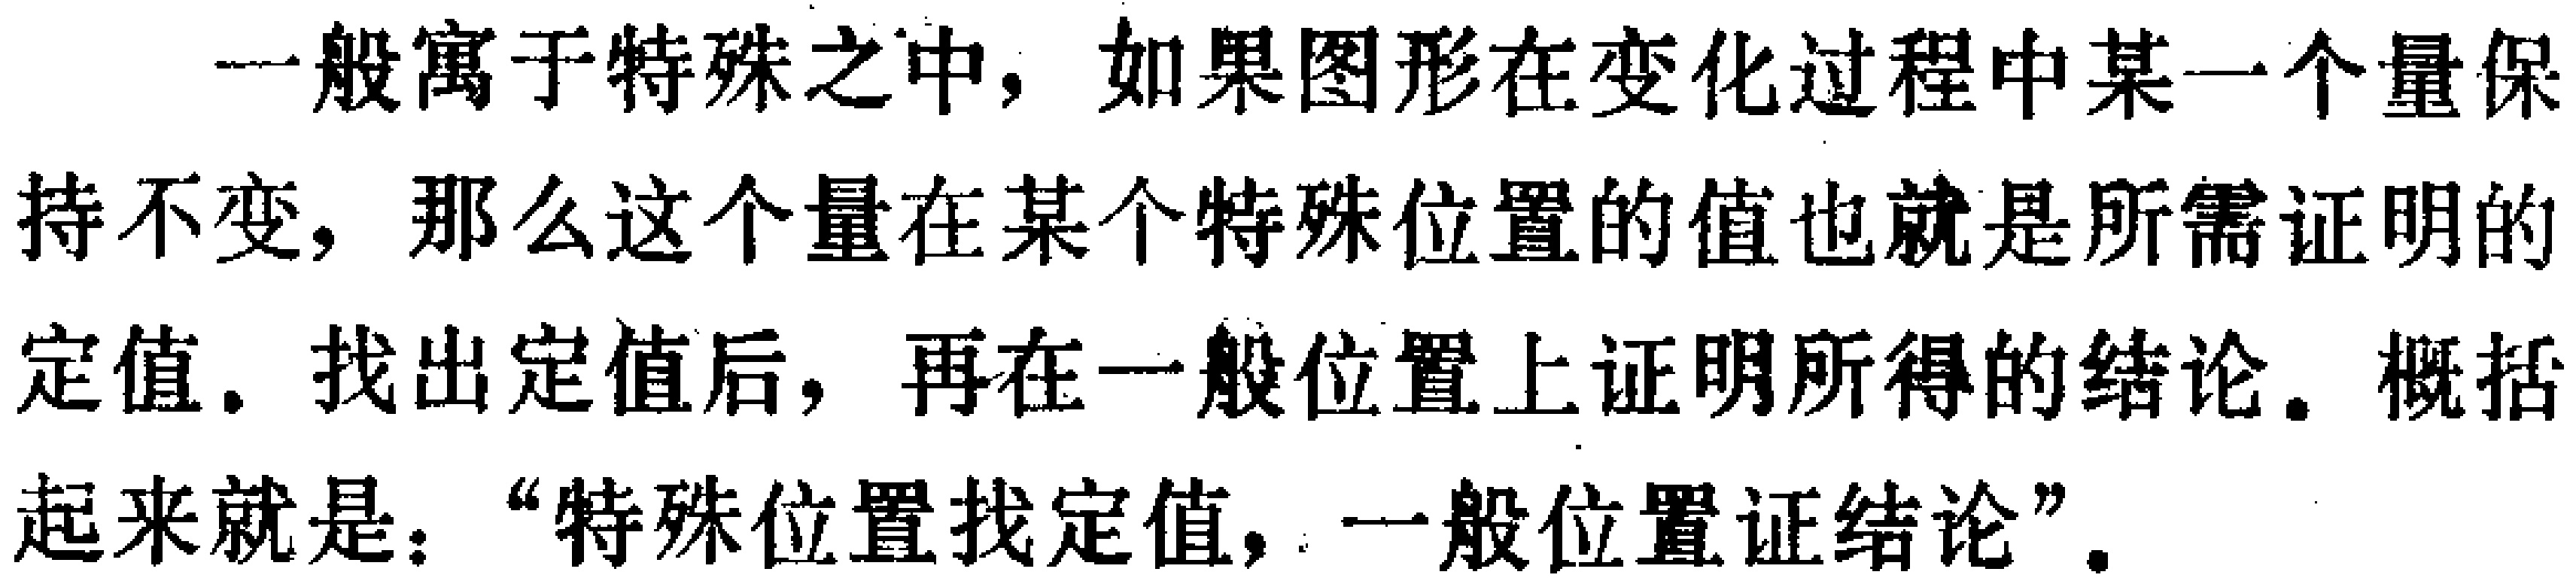
一般寓于特殊之中，如果图形在变化过程中某一个量保持不变，那么这个量在某个特殊位置的值也就是所需证明的定值. 找出定值后，再在一般位置上证明所得的结论. 概括起来就是：“特殊位置找定值，一般位置证结论”.